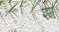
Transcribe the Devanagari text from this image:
श्म